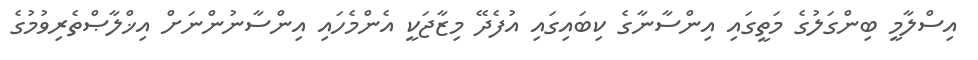
އިސްލާމީ ބިންގަލުގެ މަތީގައި އިންސާނާގެ ކިބައިގައި އުފެދޭ މިޒާޖަކީ އެންމެހައި އިންސާނުންނަށް އިޚްލާޞްތެރިވުމުގެ